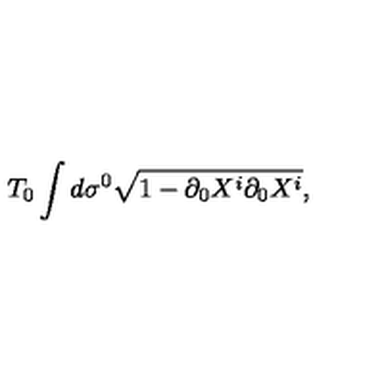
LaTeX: T _ { 0 } \int d \sigma ^ { 0 } \sqrt { 1 - \partial _ { 0 } X ^ { i } \partial _ { 0 } X ^ { i } } ,